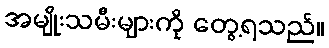
အမျိုးသမီးများကို တွေ့ရသည်။